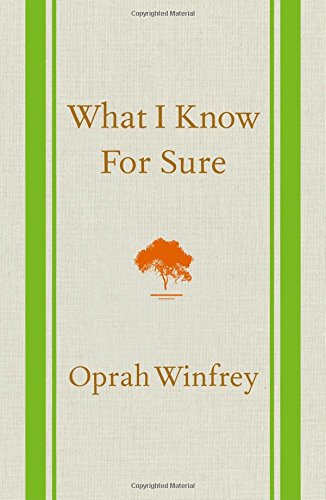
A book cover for What I Know For Sure; Oprah Winfrey; Self-Help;